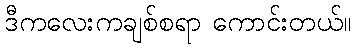
ဒီကလေးကချစ်စရာ ကောင်းတယ်။